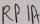
Text: RPA